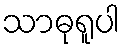
သာဓုရူပါ